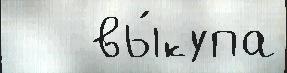
   вы́купа